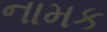
નામક